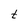
Character: t